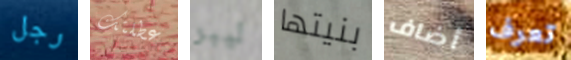
رجل عطلتك ليبر بنيتها أضاف تعرف